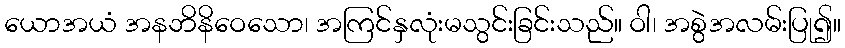
ယောအယံ အနဘိနိဝေသော၊ အကြင်နှလုံးမသွင်းခြင်းသည်။ ဝါ၊ အစွဲအလမ်းပြု၍။